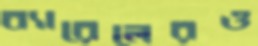
ব্যারেলেরও